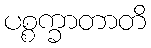
ပစ္စက္ခာတာတိ